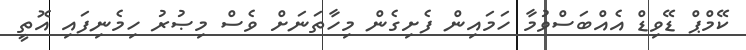
ކޭމްޕް ޑޭވިޑް އެއްބަސްވުމާ ހަމައިން ފެށިގެން މިހާތަނަށް ވެސް މިޞުރު ހިމެނިފައި އޮތީ